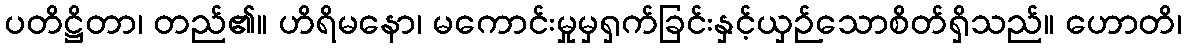
ပတိဋ္ဌိတာ၊ တည်၏။ ဟိရိမနော၊ မကောင်းမှုမှရှက်ခြင်းနှင့်ယှဉ်သောစိတ်ရှိသည်။ ဟောတိ၊